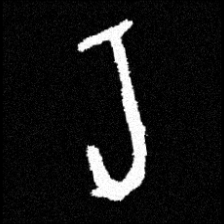
Pyu character \u2014 Myanmar letter: ရ (romanized: ra)